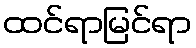
ထင်ရာမြင်ရာ